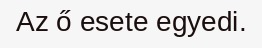
Az ő esete egyedi.